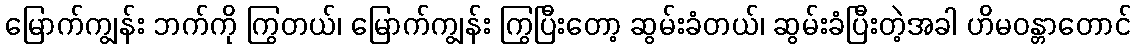
မြောက်ကျွန်း ဘက်ကို ကြွတယ်၊ မြောက်ကျွန်း ကြွပြီးတော့ ဆွမ်းခံတယ်၊ ဆွမ်းခံပြီးတဲ့အခါ ဟိမဝန္တာတောင်